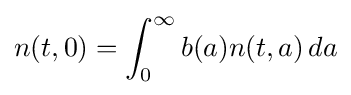
n(t,0)=\int _{0}^{\infty }b(a)n(t,a)\,da